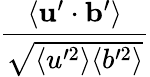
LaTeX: \frac{\langle\mathbf{u}^{\prime}\cdot\mathbf{b}^{\prime}\rangle}{\sqrt{\langle u^{\prime 2}\rangle\langle b^{\prime 2}\rangle}}